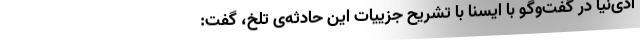
ادی‌نیا در گفت‌وگو با ایسنا با تشریح جزییات این حادثه‌ی تلخ، گفت: